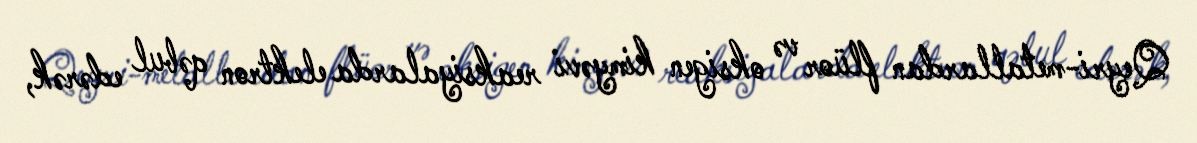
Qeyri-metallardan flüor və oksigen kimyəvi reaksiyalarda elektron qəbul edərək,